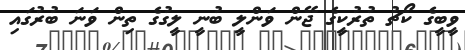
ވީބީގެ ކޯޗު ތުރުކީގެ ޖޭން ވަންލީ ބުނީ ލީގުގެ ތިން ވަނަ ބުރުގައި